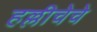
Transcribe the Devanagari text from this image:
हल्लीचेचे